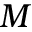
M